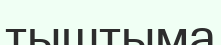
тыштыма